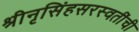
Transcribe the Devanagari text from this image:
श्रीनृसिंहसरस्वतींची